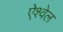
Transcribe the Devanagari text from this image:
ऐश्वेल